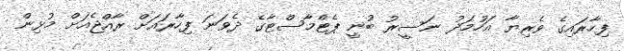
ފިހާރައިގެ ވެރިޔާ އަހުމަދު ނަސީރު ބުނީ ޕެޓްމާސްޓާގެ ދެވަނަ ފިހާރައަށް ރާއްޖެއަށް މުޅިން